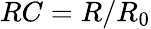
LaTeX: RC=R/R_{0}